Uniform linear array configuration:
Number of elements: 24
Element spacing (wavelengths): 1
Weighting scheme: blackman
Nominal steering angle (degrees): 0
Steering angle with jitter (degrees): -0.7306
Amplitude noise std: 0.05
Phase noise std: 0.05

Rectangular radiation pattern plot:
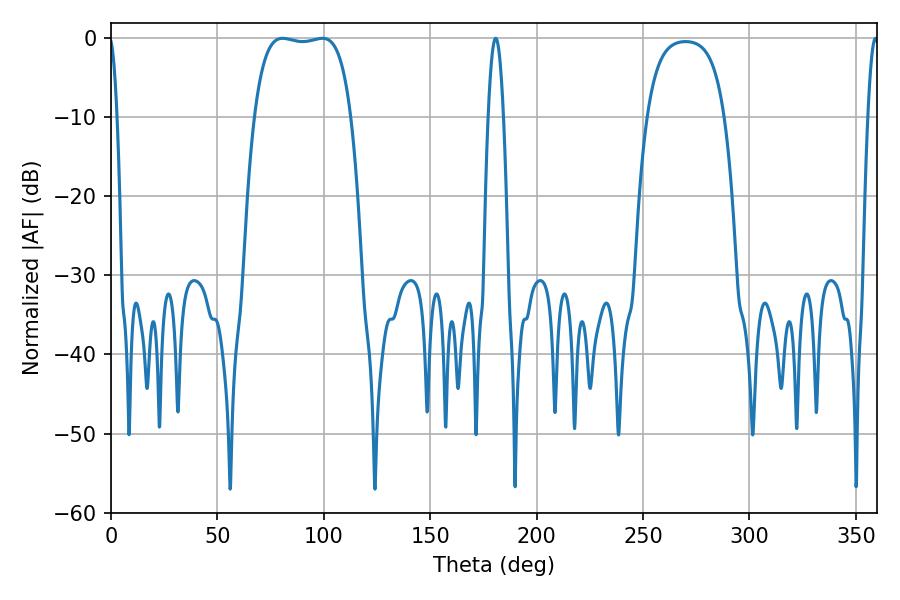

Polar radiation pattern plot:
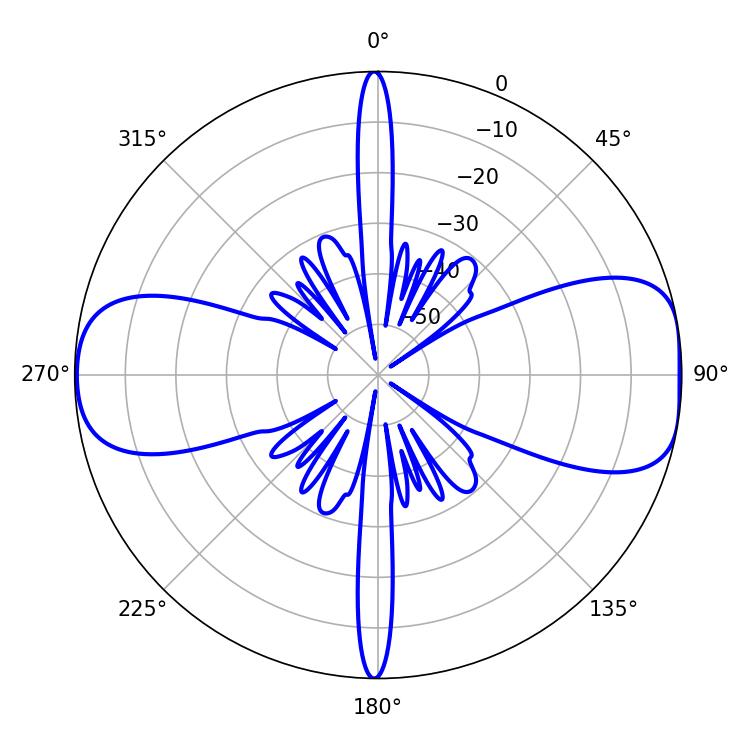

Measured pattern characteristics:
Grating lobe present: TRUE
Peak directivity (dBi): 9.814
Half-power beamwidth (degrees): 36
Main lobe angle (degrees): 80.64